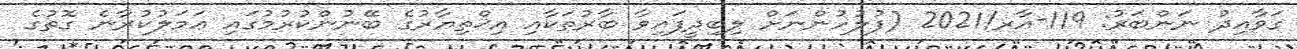
ގަވާއިދު ނަންބަރު: 119-އާރ/2021 (ފުލުހުންނަށް ލިބިދީފައިވާ ބާރުތަކާއި އިޚްތިޔާރުގެ ބޭނުންކުރުމުގައި ޢަމަލުކުރާނެ ގޮތުގެ